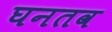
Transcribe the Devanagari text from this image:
घनतव